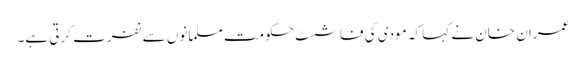
عمران خان نے کہا کہ مودی کی فاشسٹ حکومت مسلمانوں سے نفرت کرتی ہے۔